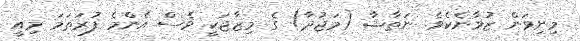
މިނިވަން ޒުވާނެކެވެ. ނަތާޝާ (މަޖުދާ) ގެ މިޒާޖަކީ ވެސް އެންމެ ފުރަތަމަ މިއީ